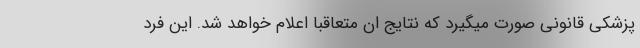
پزشکی قانونی صورت میگیرد که نتایج ان متعاقبا اعلام خواهد شد. این فرد